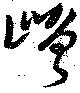
嶒